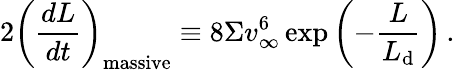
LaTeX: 2\left(\frac{dL}{dt}\right)_{\mathrm{massive}}\equiv 8\Sigma v_{\infty}^{6}\exp\left(-\frac{L}{L_{\mathrm{d}}}\right)\, .